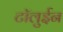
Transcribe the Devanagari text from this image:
टॉलुईन